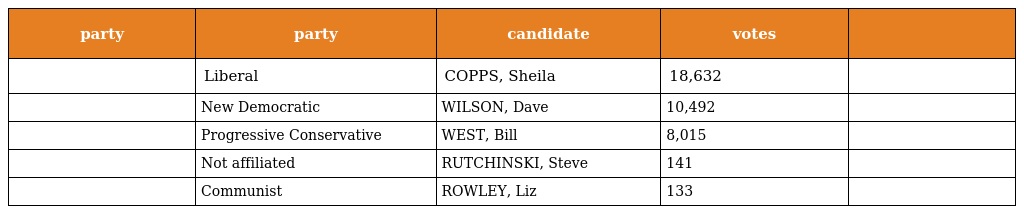
| party | party | candidate | votes |  |
 | --- | --- | --- | --- | --- |
 |  | Liberal | COPPS, Sheila | 18,632 |  |
 |  | New Democratic | WILSON, Dave | 10,492 |  |
 |  | Progressive Conservative | WEST, Bill | 8,015 |  |
 |  | Not affiliated | RUTCHINSKI, Steve | 141 |  |
 |  | Communist | ROWLEY, Liz | 133 |  |